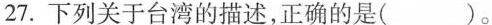
27.下列关于台湾的描述，正确的是()。